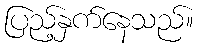
ပြည့်နှက်နေသည်။